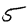
Digit: 5